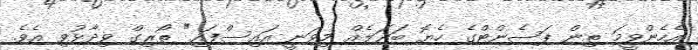
އެހެންވީމަ ތިން ޕަސެންޓްގެ ހެޔޮ ބަދަލެއް މިވަނީ އައިސްފައި" ތޯރިގް ވިދާޅުވި އެވެ.